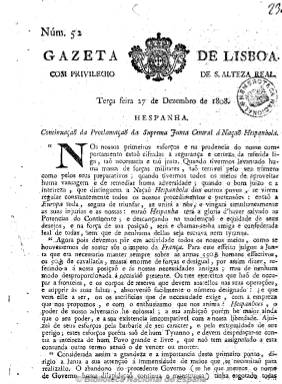
Título: Gazeta de Lisboa
Colección: Gacetas
Ámbito geográfico: Portugal
Lugar de publicación: Lisboa
Fechas: 27/12/1808-26/12/1812

Tiene su más antiguo antecedente en el primer periódico portugués: Gazeta de Restauraçao, de 1640, que en 1715 adopta por vez primera el título de Gazeta de Lisboa, al mismo tiempo que se le otorga su carácter oficial, considerándosele continuación de Gazeta de Lisboa occidental, otro de los títulos que adoptó en el siglo XVIII. Tras la invasión napoleónica en 1807 estará dirigido por el intendente general de Policía, Pierre Lagarde, que había sustituido en su cabecera el escudo de armas reales portuguesas por el águila imperial francesa. La Biblioteca Nacional de España dispone del número 52, de cuatro páginas, y un suplemento extraordinario al mismo, de otras cuatro páginas, de fecha 27 de diciembre de 1808; y el número 303, también de cuatro páginas y de 26 de diciembre de 1812. Ambos estampados en la lisboeta Officina de Antonio Rodrigues Galhardo, con el escudo portugués en su cabecera y “com privilegio de S. Alteza Real”. En el primero incluye la continuación de la proclama de la Junta Suprema Central de la Nación Española, además de otras noticias locales, como la referente a las fiestas con motivo de la restauración del príncipe regente portugués, y otras europeas, también sobre las guerras napoleónicas, así como listados de donativos para hacer frente a los ejércitos franceses. Este título continuó publicándose hasta el 30 de diciembre e 1820, refundiéndose el uno de enero de 1821 con Diario do governo y adoptando este título.